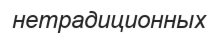
нетрадиционных